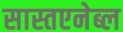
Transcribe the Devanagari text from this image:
सास्तएनेब्ल